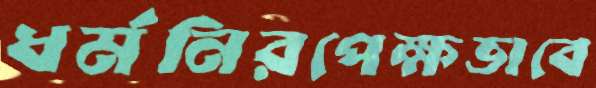
ধর্মনিরপেক্ষভাবে